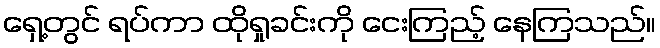
ရှေ့တွင် ရပ်ကာ ထိုရှုခင်းကို ငေးကြည့် နေကြသည်။